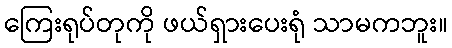
ကြေးရုပ်တုကို ဖယ်ရှားပေးရုံ သာမကဘူး။